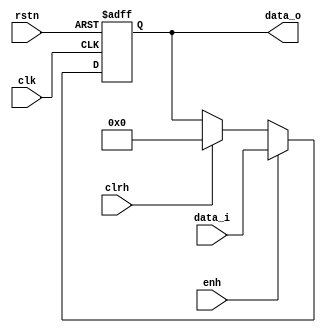
/*	
   ===================================================================
   Module Name : register
         
   Filename    : register.v
   Type        : Verilog Module
      
   Description : A parametrizable register with async reset
   ------------------------------------------------------------------
      clocks   : posedge clock "clk"
      reset    : async negedge "rstn"
               : sync posedge "clrh"
      enable   : high active enable "enh" 
      
   Parameters  :
         NAME            Comments                Default
         ---------------------------------------------------
         DATA_WIDTH      Register's data width     8
      
   ------------------------------------------------------------------
   Version     : 1.0
   Data        : 13 Nov 2018
   Revision    : -
   Reviser     : -		
   -------------------------------------------------------------------
   Modification Log "please register all the modifications in this area"
   (D/M/Y)  
   
   ----------------------
   // Instance template
   ----------------------
      register 
      #(
         .DATA_WIDTH ()
      )
      "MODULE_NAME"
      (
         .clk     (),
         .rstn    (),
         .clrh    (),   
         .enh     (),
         .data_i  (),
         .data_o  ()
      );
*/

module convolution_coprocessor_register
#(
	parameter DATA_WIDTH =  8
)(
	input wire                    clk,
	input wire                    rstn,
    input wire                    clrh,   
   //--------Control signals----------//
	input wire                    enh,
   //--------Data/addr signals--------//
	input wire [DATA_WIDTH-1:0]   data_i,
	output reg [DATA_WIDTH-1:0]   data_o
);

// ---------------------------------------------

always@(posedge clk, negedge rstn) begin
	if(~rstn) 
		data_o <= {DATA_WIDTH{1'b0}};
	else if (enh)
		data_o <= data_i;
   else if (clrh)
      data_o <= {DATA_WIDTH{1'b0}};
	
end


endmodule